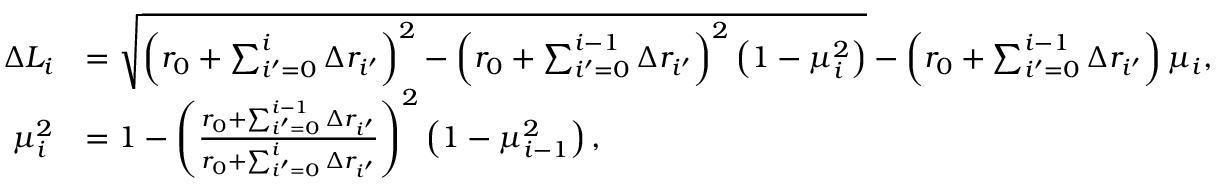
\begin{array} { r l } { \Delta L _ { i } } & { = \sqrt { \left( r _ { 0 } + \sum _ { i ^ { \prime } = 0 } ^ { i } \Delta r _ { i ^ { \prime } } \right) ^ { 2 } - \left( r _ { 0 } + \sum _ { i ^ { \prime } = 0 } ^ { i - 1 } \Delta r _ { i ^ { \prime } } \right) ^ { 2 } \left( 1 - \mu _ { i } ^ { 2 } \right) } - \left( r _ { 0 } + \sum _ { i ^ { \prime } = 0 } ^ { i - 1 } \Delta r _ { i ^ { \prime } } \right) \mu _ { i } , } \\ { \mu _ { i } ^ { 2 } } & { = 1 - \left( \frac { r _ { 0 } + \sum _ { i ^ { \prime } = 0 } ^ { i - 1 } \Delta r _ { i ^ { \prime } } } { r _ { 0 } + \sum _ { i ^ { \prime } = 0 } ^ { i } \Delta r _ { i ^ { \prime } } } \right) ^ { 2 } \left( 1 - \mu _ { i - 1 } ^ { 2 } \right) , } \end{array}